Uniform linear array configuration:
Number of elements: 4
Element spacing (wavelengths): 0.25
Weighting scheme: kaiser
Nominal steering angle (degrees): -45
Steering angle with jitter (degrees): -46.208
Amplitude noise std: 0.05
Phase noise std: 0.05

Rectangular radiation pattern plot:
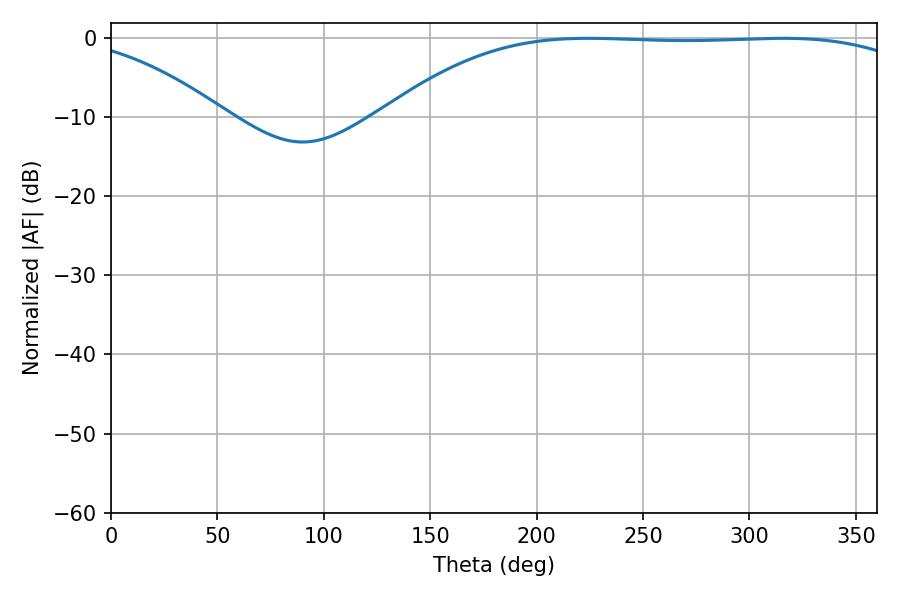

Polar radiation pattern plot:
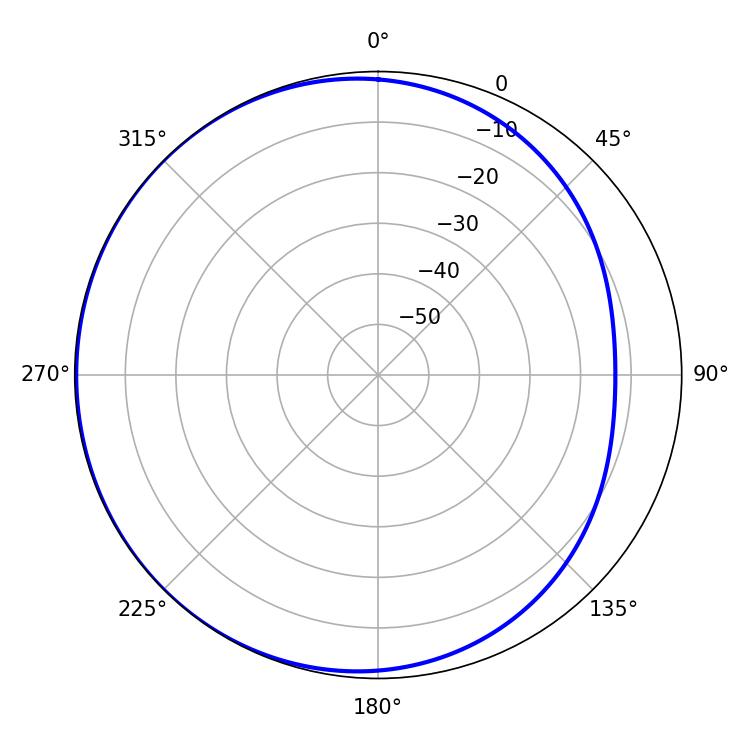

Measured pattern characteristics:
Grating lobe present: FALSE
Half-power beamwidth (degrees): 194.58
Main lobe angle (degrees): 224.28